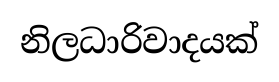
නිලධාරිවාදයක්